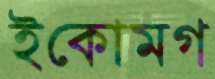
ইকোমগ